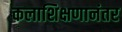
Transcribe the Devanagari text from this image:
कलाशिक्षणानंतर